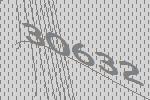
30632